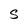
Character: S